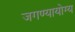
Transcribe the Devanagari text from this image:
जगण्यायोग्य